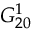
G _ { 2 0 } ^ { 1 }